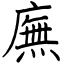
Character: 廡